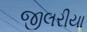
જીલરીયા